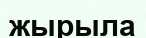
жырыла